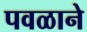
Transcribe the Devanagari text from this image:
पवळाने